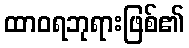
ထာဝရဘုရားဖြစ်၏